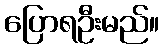
ပြောရဦးမည်။